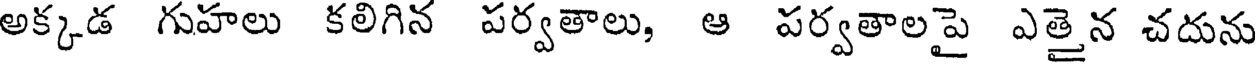
అక్కడ గుహలు కలిగిన పర్వతాలు, ఆ పర్వతాలపై ఎత్తైన చదును